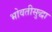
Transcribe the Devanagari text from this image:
भोवतीसुद्धा